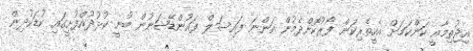
އިޖުތިމާއީ ކަންކަމަށް އެހީތެރިކަން ފޯރުކޮށްދެމުން އަންނަ ފައިސަލް ފައުންޑޭޝަނުން ބުނީ ކުޅުދުއްފުށީގައި ކުޑަކުދިން